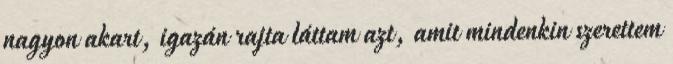
nagyon akart, igazán rajta láttam azt, amit mindenkin szerettem